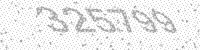
Solution: 325799